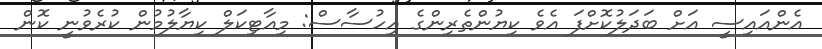
އެންއައިސީ އަށް ބަދަލުކޮށްފަ އެވެ ކިޔުންތެރިންގެ އިހުސާސް: މިއާޓިކަލް ކިޔާލުމުން ކުރެވުނީ ކޮން